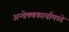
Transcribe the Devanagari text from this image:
अन्वेषणकार्यामध्ये